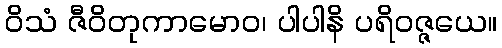
ဝိသံ ဇီဝိတုကာမောဝ၊ ပါပါနိ ပရိဝဇ္ဇယေ။